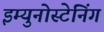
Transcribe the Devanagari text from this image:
इम्युनोस्टेनिंग